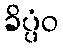
ခိပ္ပံဝ